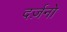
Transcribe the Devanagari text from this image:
दर्ज़नो